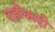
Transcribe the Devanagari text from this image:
दहीकादी